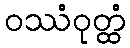
ဝဿံဝုတ္ထံ